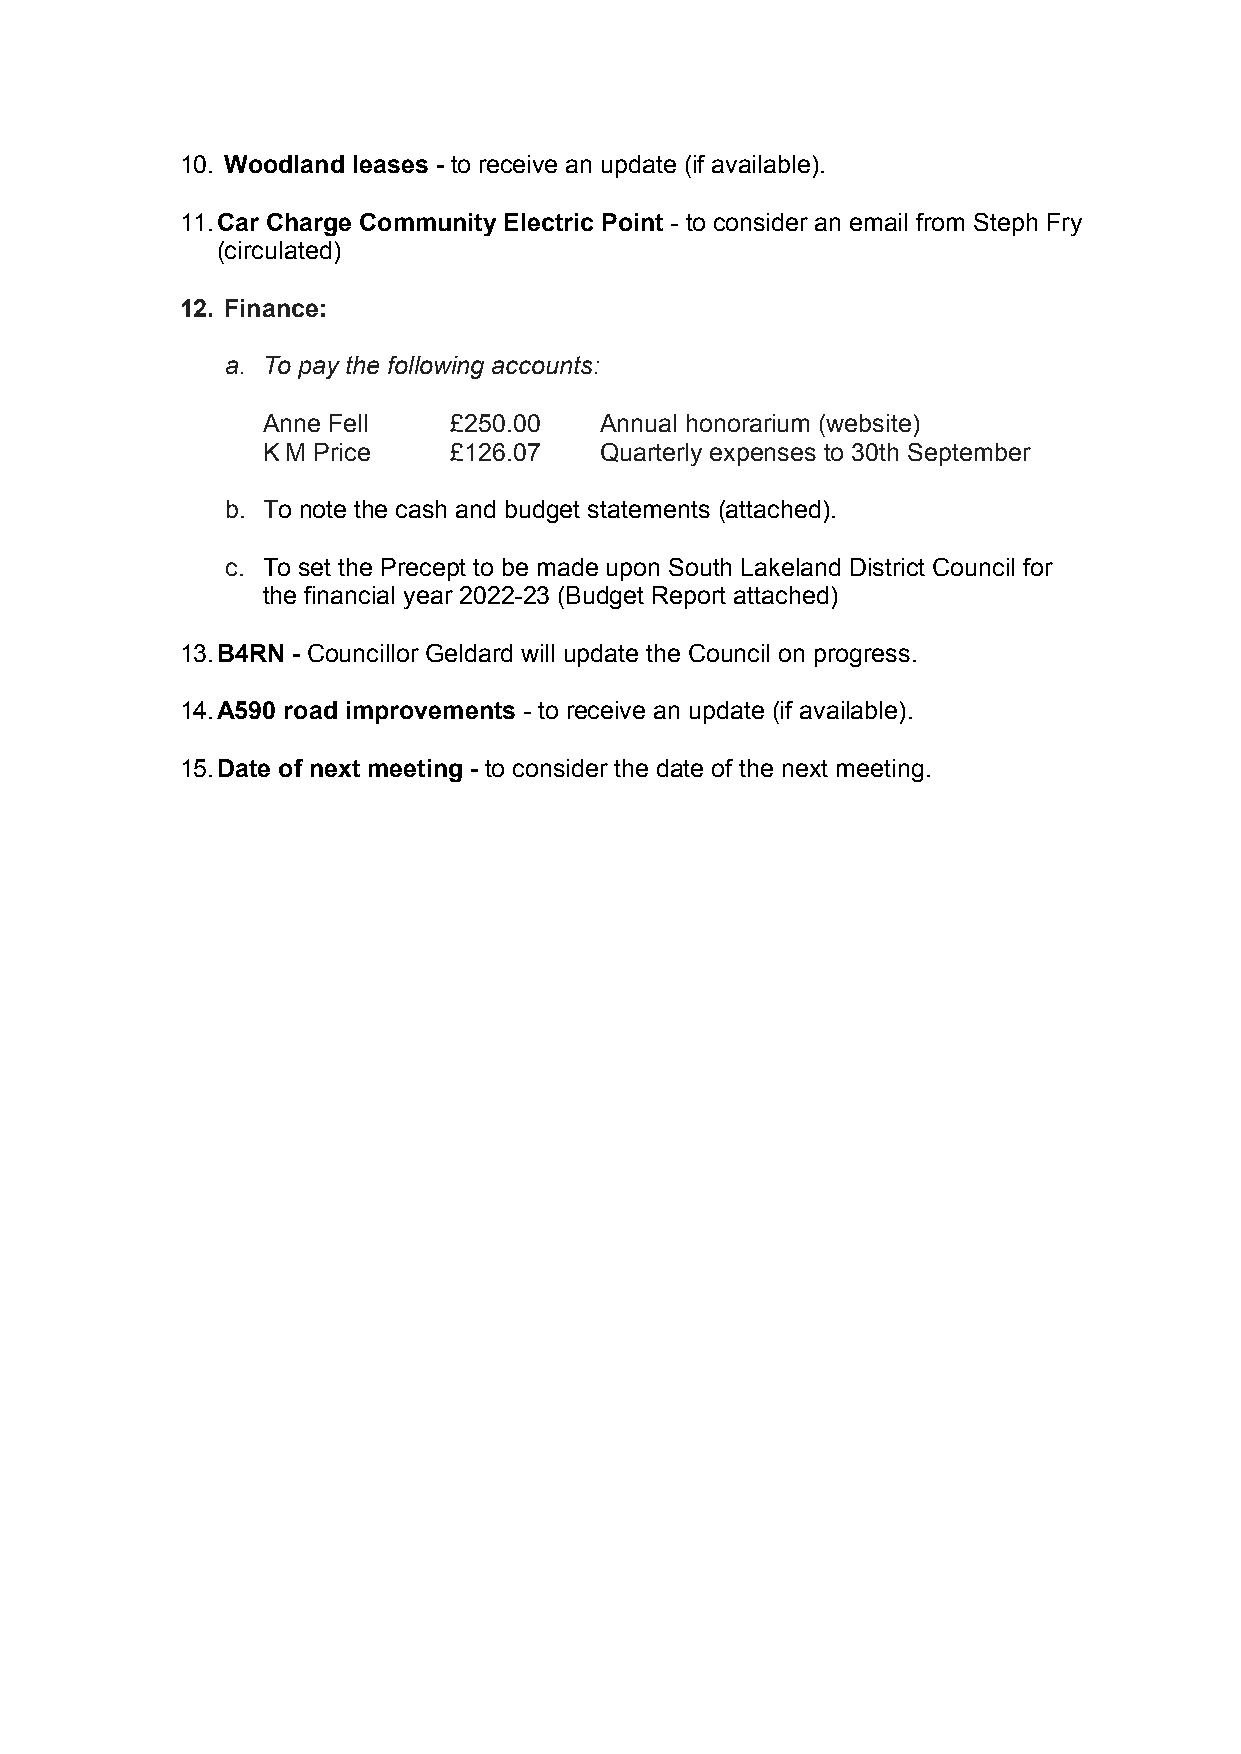
10. Woodland leases - to receive an update (if available).
 11. Car Charge Community Electric Point - to consider an email from Steph Fry
 (circulated)
 12. Finance:
 a. To pay the following accounts:
 Anne Fell    £250.00   Annual honorarium (website)
 K M Price    £126.07   Quarterly expenses to 30th September
 b. To note the cash and budget statements (attached).
 c. To set the Precept to be made upon South Lakeland District Council for
 the financial year 2022-23 (Budget Report attached)
 13. B4RN - Councillor Geldard will update the Council on progress.
 14. A590 road improvements - to receive an update (if available).
 15. Date of next meeting - to consider the date of the next meeting.